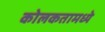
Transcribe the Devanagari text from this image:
कोलकतामध्ये